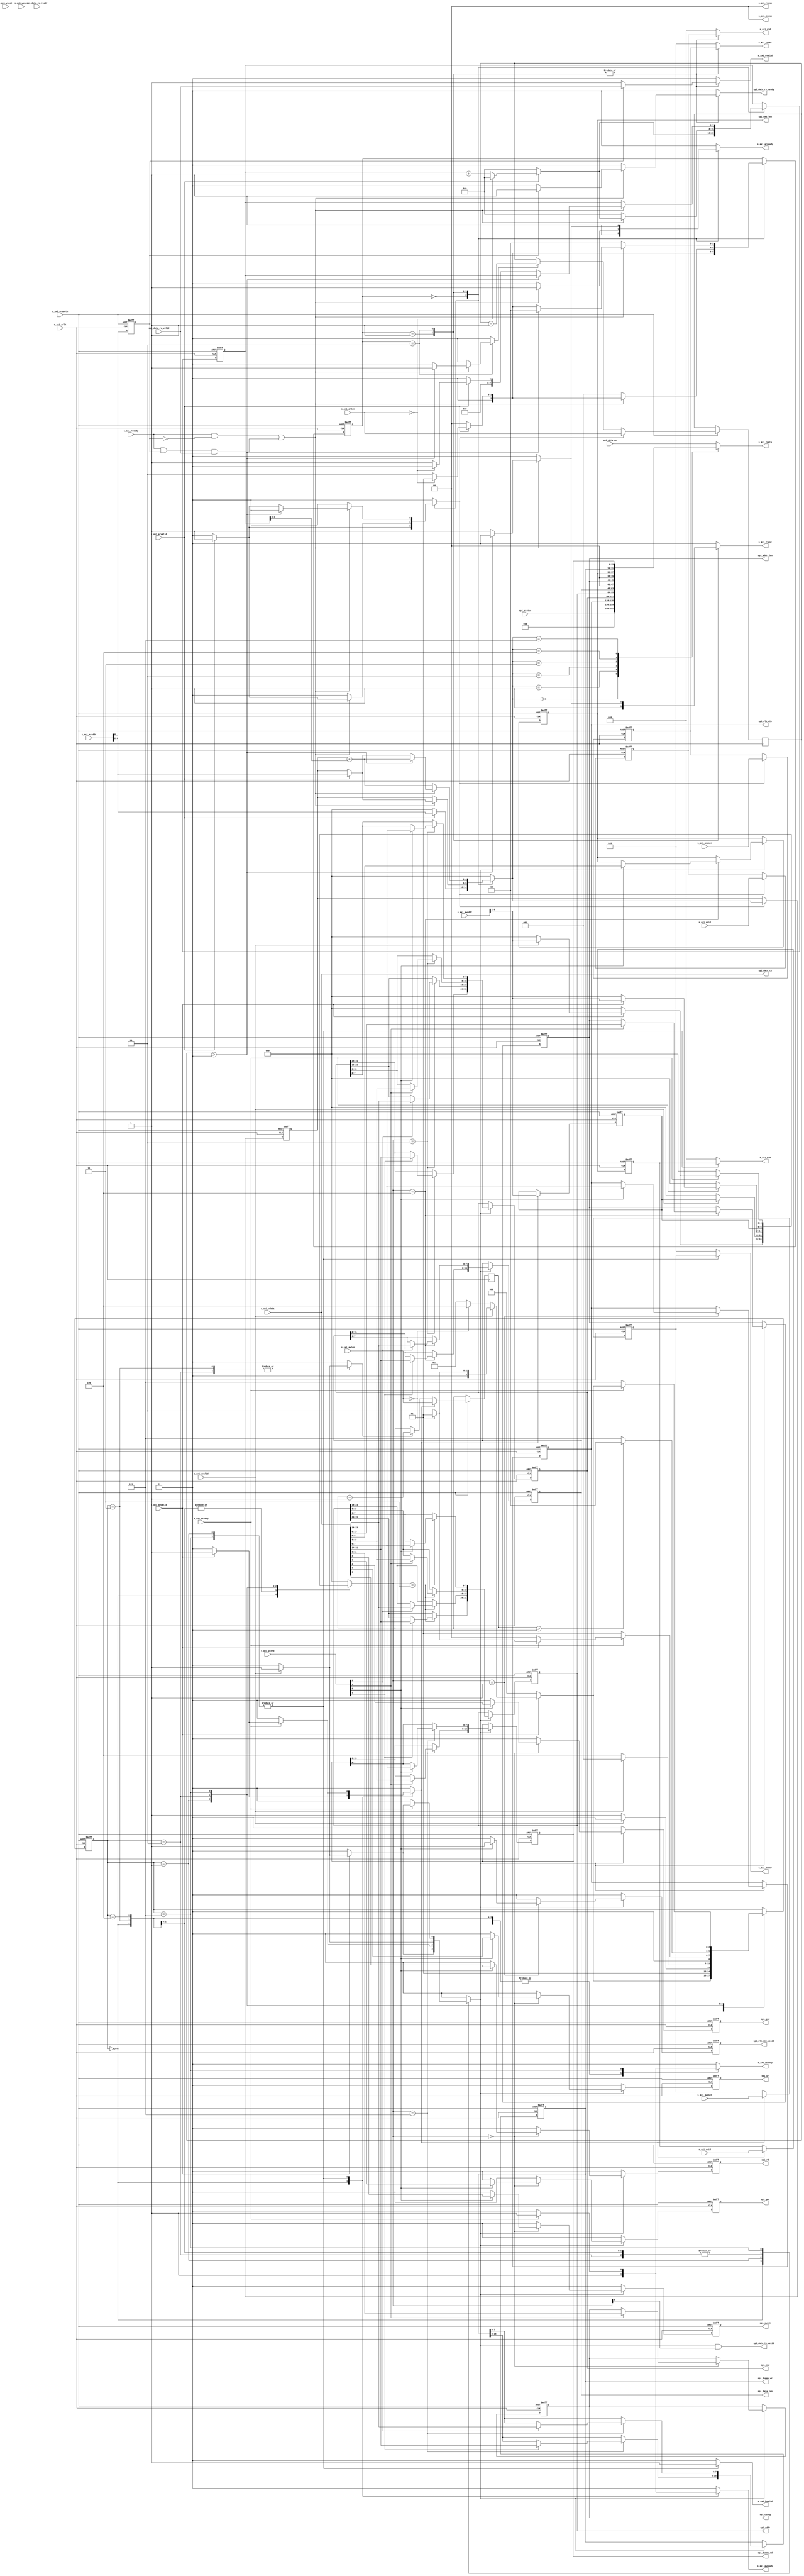
`define log2(VALUE) ((VALUE) < ( 1 ) ? 0 : (VALUE) < ( 2 ) ? 1 : (VALUE) < ( 4 ) ? 2 : (VALUE) < ( 8 ) ? 3 : (VALUE) < ( 16 )  ? 4 : (VALUE) < ( 32 )  ? 5 : (VALUE) < ( 64 )  ? 6 : (VALUE) < ( 128 ) ? 7 : (VALUE) < ( 256 ) ? 8 : (VALUE) < ( 512 ) ? 9 : (VALUE) < ( 1024 ) ? 10 : (VALUE) < ( 2048 ) ? 11 : (VALUE) < ( 4096 ) ? 12 : (VALUE) < ( 8192 ) ? 13 : (VALUE) < ( 16384 ) ? 14 : (VALUE) < ( 32768 ) ? 15 : (VALUE) < ( 65536 ) ? 16 : (VALUE) < ( 131072 ) ? 17 : (VALUE) < ( 262144 ) ? 18 : (VALUE) < ( 524288 ) ? 19 : (VALUE) < ( 1048576 ) ? 20 : (VALUE) < ( 1048576 * 2 ) ? 21 : (VALUE) < ( 1048576 * 4 ) ? 22 : (VALUE) < ( 1048576 * 8 ) ? 23 : (VALUE) < ( 1048576 * 16 ) ? 24 : 25)

module spi_master_axi_if 
#(
      parameter AXI4_ADDRESS_WIDTH = 32,
      parameter AXI4_RDATA_WIDTH   = 32,
      parameter AXI4_WDATA_WIDTH   = 32,
      parameter AXI4_USER_WIDTH    = 4,
      parameter AXI4_ID_WIDTH      = 16
  )
(
	s_axi_aclk,
	s_axi_aresetn,
	s_axi_awvalid,
	s_axi_awid,
	s_axi_awlen,
	s_axi_awaddr,
	s_axi_awuser,
	s_axi_awready,
	s_axi_wvalid,
	s_axi_wdata,
	s_axi_wstrb,
	s_axi_wlast,
	s_axi_wuser,
	s_axi_wready,
	s_axi_bvalid,
	s_axi_bid,
	s_axi_bresp,
	s_axi_buser,
	s_axi_bready,
	s_axi_arvalid,
	s_axi_arid,
	s_axi_arlen,
	s_axi_araddr,
	s_axi_aruser,
	s_axi_arready,
	s_axi_rvalid,
	s_axi_rid,
	s_axi_rdata,
	s_axi_rresp,
	s_axi_rlast,
	s_axi_ruser,
	s_axi_rready,
	spi_clk_div,
	spi_clk_div_valid,
	spi_status,
	spi_addr,
	spi_addr_len,
	spi_cmd,
	spi_cmd_len,
	spi_csreg,
	spi_data_len,
	spi_dummy_rd,
	spi_dummy_wr,
	spi_swrst,
	spi_rd,
	spi_wr,
	spi_qrd,
	spi_qwr,
	spi_data_tx,
	spi_data_tx_valid,
	spi_data_tx_ready,
	spi_data_rx,
	spi_data_rx_valid,
	spi_data_rx_ready
);
	//parameter AXI4_ADDRESS_WIDTH = 32;
	//parameter AXI4_RDATA_WIDTH = 32;
	//parameter AXI4_WDATA_WIDTH = 32;
	//parameter AXI4_USER_WIDTH = 4;
	//parameter AXI4_ID_WIDTH = 16;
	input wire s_axi_aclk;
	input wire s_axi_aresetn;
	input wire s_axi_awvalid;
	input wire [AXI4_ID_WIDTH - 1:0] s_axi_awid;
	input wire [7:0] s_axi_awlen;
	input wire [AXI4_ADDRESS_WIDTH - 1:0] s_axi_awaddr;
	input wire [AXI4_USER_WIDTH - 1:0] s_axi_awuser;
	output reg s_axi_awready;
	input wire s_axi_wvalid;
	input wire [AXI4_WDATA_WIDTH - 1:0] s_axi_wdata;
	input wire [(AXI4_WDATA_WIDTH / 8) - 1:0] s_axi_wstrb;
	input wire s_axi_wlast;
	input wire [AXI4_USER_WIDTH - 1:0] s_axi_wuser;
	output reg s_axi_wready;
	output reg s_axi_bvalid;
	output reg [AXI4_ID_WIDTH - 1:0] s_axi_bid;
	output reg [1:0] s_axi_bresp;
	output reg [AXI4_USER_WIDTH - 1:0] s_axi_buser;
	input wire s_axi_bready;
	input wire s_axi_arvalid;
	input wire [AXI4_ID_WIDTH - 1:0] s_axi_arid;
	input wire [7:0] s_axi_arlen;
	input wire [AXI4_ADDRESS_WIDTH - 1:0] s_axi_araddr;
	input wire [AXI4_USER_WIDTH - 1:0] s_axi_aruser;
	output reg s_axi_arready;
	output reg s_axi_rvalid;
	output reg [AXI4_ID_WIDTH - 1:0] s_axi_rid;
	output reg [AXI4_RDATA_WIDTH - 1:0] s_axi_rdata;
	output reg [1:0] s_axi_rresp;
	output reg s_axi_rlast;
	output reg [AXI4_USER_WIDTH - 1:0] s_axi_ruser;
	input wire s_axi_rready;
	output reg [7:0] spi_clk_div;
	output reg spi_clk_div_valid;
	input wire [31:0] spi_status;
	output reg [31:0] spi_addr;
	output reg [5:0] spi_addr_len;
	output reg [31:0] spi_cmd;
	output reg [5:0] spi_cmd_len;
	output reg [3:0] spi_csreg;
	output reg [15:0] spi_data_len;
	output reg [15:0] spi_dummy_rd;
	output reg [15:0] spi_dummy_wr;
	output reg spi_swrst;
	output reg spi_rd;
	output reg spi_wr;
	output reg spi_qrd;
	output reg spi_qwr;
	output wire [31:0] spi_data_tx;
	output wire spi_data_tx_valid;
	input wire spi_data_tx_ready;
	input wire [31:0] spi_data_rx;
	input wire spi_data_rx_valid;
	output reg spi_data_rx_ready;
	localparam WR_ADDR_CMP = ((AXI4_WDATA_WIDTH / 8) < 1 ? 0 : ((AXI4_WDATA_WIDTH / 8) < 2 ? 1 : ((AXI4_WDATA_WIDTH / 8) < 4 ? 2 : ((AXI4_WDATA_WIDTH / 8) < 8 ? 3 : ((AXI4_WDATA_WIDTH / 8) < 16 ? 4 : ((AXI4_WDATA_WIDTH / 8) < 32 ? 5 : ((AXI4_WDATA_WIDTH / 8) < 64 ? 6 : ((AXI4_WDATA_WIDTH / 8) < 128 ? 7 : ((AXI4_WDATA_WIDTH / 8) < 256 ? 8 : ((AXI4_WDATA_WIDTH / 8) < 512 ? 9 : ((AXI4_WDATA_WIDTH / 8) < 1024 ? 10 : ((AXI4_WDATA_WIDTH / 8) < 2048 ? 11 : ((AXI4_WDATA_WIDTH / 8) < 4096 ? 12 : ((AXI4_WDATA_WIDTH / 8) < 8192 ? 13 : ((AXI4_WDATA_WIDTH / 8) < 16384 ? 14 : ((AXI4_WDATA_WIDTH / 8) < 32768 ? 15 : ((AXI4_WDATA_WIDTH / 8) < 65536 ? 16 : ((AXI4_WDATA_WIDTH / 8) < 131072 ? 17 : ((AXI4_WDATA_WIDTH / 8) < 262144 ? 18 : ((AXI4_WDATA_WIDTH / 8) < 524288 ? 19 : ((AXI4_WDATA_WIDTH / 8) < 1048576 ? 20 : ((AXI4_WDATA_WIDTH / 8) < 2097152 ? 21 : ((AXI4_WDATA_WIDTH / 8) < 4194304 ? 22 : ((AXI4_WDATA_WIDTH / 8) < 8388608 ? 23 : ((AXI4_WDATA_WIDTH / 8) < 16777216 ? 24 : 25))))))))))))))))))))))))) - 1;
	localparam RD_ADDR_CMP = ((AXI4_RDATA_WIDTH / 8) < 1 ? 0 : ((AXI4_RDATA_WIDTH / 8) < 2 ? 1 : ((AXI4_RDATA_WIDTH / 8) < 4 ? 2 : ((AXI4_RDATA_WIDTH / 8) < 8 ? 3 : ((AXI4_RDATA_WIDTH / 8) < 16 ? 4 : ((AXI4_RDATA_WIDTH / 8) < 32 ? 5 : ((AXI4_RDATA_WIDTH / 8) < 64 ? 6 : ((AXI4_RDATA_WIDTH / 8) < 128 ? 7 : ((AXI4_RDATA_WIDTH / 8) < 256 ? 8 : ((AXI4_RDATA_WIDTH / 8) < 512 ? 9 : ((AXI4_RDATA_WIDTH / 8) < 1024 ? 10 : ((AXI4_RDATA_WIDTH / 8) < 2048 ? 11 : ((AXI4_RDATA_WIDTH / 8) < 4096 ? 12 : ((AXI4_RDATA_WIDTH / 8) < 8192 ? 13 : ((AXI4_RDATA_WIDTH / 8) < 16384 ? 14 : ((AXI4_RDATA_WIDTH / 8) < 32768 ? 15 : ((AXI4_RDATA_WIDTH / 8) < 65536 ? 16 : ((AXI4_RDATA_WIDTH / 8) < 131072 ? 17 : ((AXI4_RDATA_WIDTH / 8) < 262144 ? 18 : ((AXI4_RDATA_WIDTH / 8) < 524288 ? 19 : ((AXI4_RDATA_WIDTH / 8) < 1048576 ? 20 : ((AXI4_RDATA_WIDTH / 8) < 2097152 ? 21 : ((AXI4_RDATA_WIDTH / 8) < 4194304 ? 22 : ((AXI4_RDATA_WIDTH / 8) < 8388608 ? 23 : ((AXI4_RDATA_WIDTH / 8) < 16777216 ? 24 : 25))))))))))))))))))))))))) - 1;
	localparam OFFSET_BIT = ((AXI4_WDATA_WIDTH - 1) < 1 ? 0 : ((AXI4_WDATA_WIDTH - 1) < 2 ? 1 : ((AXI4_WDATA_WIDTH - 1) < 4 ? 2 : ((AXI4_WDATA_WIDTH - 1) < 8 ? 3 : ((AXI4_WDATA_WIDTH - 1) < 16 ? 4 : ((AXI4_WDATA_WIDTH - 1) < 32 ? 5 : ((AXI4_WDATA_WIDTH - 1) < 64 ? 6 : ((AXI4_WDATA_WIDTH - 1) < 128 ? 7 : ((AXI4_WDATA_WIDTH - 1) < 256 ? 8 : ((AXI4_WDATA_WIDTH - 1) < 512 ? 9 : ((AXI4_WDATA_WIDTH - 1) < 1024 ? 10 : ((AXI4_WDATA_WIDTH - 1) < 2048 ? 11 : ((AXI4_WDATA_WIDTH - 1) < 4096 ? 12 : ((AXI4_WDATA_WIDTH - 1) < 8192 ? 13 : ((AXI4_WDATA_WIDTH - 1) < 16384 ? 14 : ((AXI4_WDATA_WIDTH - 1) < 32768 ? 15 : ((AXI4_WDATA_WIDTH - 1) < 65536 ? 16 : ((AXI4_WDATA_WIDTH - 1) < 131072 ? 17 : ((AXI4_WDATA_WIDTH - 1) < 262144 ? 18 : ((AXI4_WDATA_WIDTH - 1) < 524288 ? 19 : ((AXI4_WDATA_WIDTH - 1) < 1048576 ? 20 : ((AXI4_WDATA_WIDTH - 1) < 2097152 ? 21 : ((AXI4_WDATA_WIDTH - 1) < 4194304 ? 22 : ((AXI4_WDATA_WIDTH - 1) < 8388608 ? 23 : ((AXI4_WDATA_WIDTH - 1) < 16777216 ? 24 : 25))))))))))))))))))))))))) - 3;
	wire [4:0] wr_addr;
	wire [4:0] rd_addr;
	wire is_tx_fifo_sel;
	wire is_rx_fifo_sel;
	reg is_tx_fifo_sel_q;
	reg is_rx_fifo_sel_q;
	reg read_req;
	reg [4:0] read_address;
	reg sample_AR;
	reg [4:0] ARADDR_Q;
	reg [7:0] ARLEN_Q;
	reg decr_ARLEN;
	reg [7:0] CountBurstCS;
	reg [7:0] CountBurstNS;
	reg [AXI4_ID_WIDTH - 1:0] ARID_Q;
	reg [AXI4_USER_WIDTH - 1:0] ARUSER_Q;
	reg write_req;
	reg [4:0] write_address;
	reg sample_AW;
	reg [4:0] AWADDR_Q;
	reg [7:0] AWLEN_Q;
	reg decr_AWLEN;
	reg [7:0] CountBurst_AW_CS;
	reg [7:0] CountBurst_AW_NS;
	reg [AXI4_ID_WIDTH - 1:0] AWID_Q;
	reg [AXI4_USER_WIDTH - 1:0] AWUSER_Q;
	reg [2:0] AR_CS;
	reg [2:0] AR_NS;
	reg [2:0] AW_CS;
	reg [2:0] AW_NS;
	assign wr_addr = s_axi_awaddr[WR_ADDR_CMP + 4:WR_ADDR_CMP];
	assign rd_addr = s_axi_araddr[RD_ADDR_CMP + 4:RD_ADDR_CMP];
	assign is_tx_fifo_sel = wr_addr[3] == 1'b1;
	assign is_rx_fifo_sel = rd_addr[4] == 1'b1;
	assign spi_data_tx = s_axi_wdata[31:0];
	always @(posedge s_axi_aclk or negedge s_axi_aresetn)
		if (s_axi_aresetn == 1'b0) begin
			AR_CS <= 3'd0;
			ARADDR_Q <= 1'sb0;
			CountBurstCS <= 1'sb0;
			ARID_Q <= 1'sb0;
			ARUSER_Q <= 1'sb0;
			is_tx_fifo_sel_q <= 1'sb0;
			is_rx_fifo_sel_q <= 1'sb0;
		end
		else begin
			AR_CS <= AR_NS;
			CountBurstCS <= CountBurstNS;
			is_tx_fifo_sel_q <= is_tx_fifo_sel;
			is_rx_fifo_sel_q <= is_rx_fifo_sel;
			if (sample_AR)
				ARLEN_Q <= s_axi_arlen;
			else if (decr_ARLEN)
				ARLEN_Q <= ARLEN_Q - 1'b1;
			if (sample_AR) begin
				ARID_Q <= s_axi_arid;
				ARADDR_Q <= read_address;
				ARUSER_Q <= s_axi_aruser;
			end
		end
	always @(*) begin
		s_axi_arready = 1'b0;
		read_address = 1'sb0;
		read_req = 1'b0;
		sample_AR = 1'b0;
		decr_ARLEN = 1'b0;
		CountBurstNS = CountBurstCS;
		spi_data_rx_ready = 1'b0;
		s_axi_rvalid = 1'b0;
		s_axi_rresp = 2'b00;
		s_axi_ruser = 1'sb0;
		s_axi_rlast = 1'b0;
		s_axi_rid = 1'sb0;
		AR_NS = AR_CS;
		case (AR_CS)
			3'd0: begin
				s_axi_arready = 1'b1;
				if (s_axi_arvalid) begin
					sample_AR = 1'b1;
					read_req = 1'b1;
					read_address = rd_addr;
					if (s_axi_arlen == 0) begin
						AR_NS = 3'd1;
						CountBurstNS = 1'sb0;
					end
					else begin
						AR_NS = 3'd2;
						CountBurstNS = CountBurstCS + 1'b1;
					end
				end
				else begin
					AR_NS = 3'd0;
					CountBurstNS = 1'sb0;
				end
			end
			3'd1: begin
				s_axi_rresp = 2'b00;
				s_axi_rid = ARID_Q;
				s_axi_ruser = ARUSER_Q;
				s_axi_rlast = 1'b1;
				read_address = ARADDR_Q;
				if (is_rx_fifo_sel_q)
					s_axi_rvalid = spi_data_rx_valid;
				else
					s_axi_rvalid = 1'b1;
				if ((s_axi_rready && !is_rx_fifo_sel_q) | ((s_axi_rready && is_rx_fifo_sel_q) && spi_data_rx_valid)) begin
					if (is_rx_fifo_sel_q)
						spi_data_rx_ready = 1'b1;
					s_axi_arready = 1'b1;
					if (s_axi_arvalid) begin
						sample_AR = 1'b1;
						read_req = 1'b1;
						read_address = rd_addr;
						if (s_axi_arlen == 0) begin
							AR_NS = 3'd1;
							CountBurstNS = 1'sb0;
						end
						else begin
							AR_NS = 3'd2;
							CountBurstNS = CountBurstCS + 1'b1;
						end
					end
					else begin
						AR_NS = 3'd0;
						CountBurstNS = 1'sb0;
					end
				end
				else begin
					AR_NS = 3'd1;
					read_req = 1'b1;
					read_address = ARADDR_Q;
					CountBurstNS = 1'sb0;
				end
			end
			3'd2: begin
				s_axi_rresp = 2'b00;
				s_axi_rid = ARID_Q;
				s_axi_ruser = ARUSER_Q;
				read_address = ARADDR_Q;
				if (is_rx_fifo_sel_q)
					s_axi_rvalid = spi_data_rx_valid;
				else
					s_axi_rvalid = 1'b1;
				if ((s_axi_rready && !is_rx_fifo_sel_q) | ((s_axi_rready && is_rx_fifo_sel_q) && spi_data_rx_valid)) begin
					if (is_rx_fifo_sel_q)
						spi_data_rx_ready = 1'b1;
					if (ARLEN_Q > 0) begin
						AR_NS = 3'd2;
						read_req = 1'b1;
						decr_ARLEN = 1'b1;
						read_address = ARADDR_Q + CountBurstCS;
						s_axi_rlast = 1'b0;
						s_axi_arready = 1'b0;
					end
					else begin
						s_axi_rlast = 1'b1;
						s_axi_arready = 1'b1;
						if (s_axi_arvalid) begin
							sample_AR = 1'b1;
							read_req = 1'b1;
							read_address = rd_addr;
							if (s_axi_arlen == 0) begin
								AR_NS = 3'd1;
								CountBurstNS = 0;
							end
							else begin
								AR_NS = 3'd2;
								CountBurstNS = 1;
							end
						end
						else begin
							AR_NS = 3'd0;
							CountBurstNS = 0;
						end
					end
				end
				else begin
					AR_NS = 3'd2;
					read_req = 1'b1;
					decr_ARLEN = 1'b0;
					read_address = ARADDR_Q + CountBurstCS;
					s_axi_arready = 1'b0;
				end
			end
			default:
				;
		endcase
	end
	always @(posedge s_axi_aclk or negedge s_axi_aresetn)
		if (s_axi_aresetn == 1'b0) begin
			AW_CS <= 3'd0;
			AWADDR_Q <= 1'sb0;
			CountBurst_AW_CS <= 1'sb0;
			AWID_Q <= 1'sb0;
			AWUSER_Q <= 1'sb0;
		end
		else begin
			AW_CS <= AW_NS;
			CountBurst_AW_CS <= CountBurst_AW_NS;
			if (sample_AW) begin
				AWLEN_Q <= s_axi_awlen;
				AWADDR_Q <= wr_addr;
				AWID_Q <= s_axi_awid;
				AWUSER_Q <= s_axi_awuser;
			end
			else if (decr_AWLEN)
				AWLEN_Q <= AWLEN_Q - 1'b1;
		end
	always @(*) begin
		s_axi_awready = 1'b0;
		s_axi_wready = 1'b0;
		write_address = 1'sb0;
		write_req = 1'b0;
		sample_AW = 1'b0;
		decr_AWLEN = 1'b0;
		CountBurst_AW_NS = CountBurst_AW_CS;
		s_axi_bid = 1'sb0;
		s_axi_bresp = 2'b00;
		s_axi_buser = 1'sb0;
		s_axi_bvalid = 1'b0;
		AW_NS = AW_CS;
		case (AW_CS)
			3'd0: begin
				s_axi_awready = 1'b1;
				if (s_axi_awvalid) begin
					sample_AW = 1'b1;
					if (s_axi_wvalid) begin
						s_axi_wready = 1'b1;
						write_req = 1'b1;
						write_address = wr_addr;
						if (s_axi_awlen == 0) begin
							AW_NS = 3'd1;
							CountBurst_AW_NS = 0;
						end
						else begin
							AW_NS = 3'd2;
							CountBurst_AW_NS = 1;
						end
					end
					else begin
						s_axi_wready = 1'b1;
						write_req = 1'b0;
						write_address = 1'sb0;
						if (s_axi_awlen == 0) begin
							AW_NS = 3'd4;
							CountBurst_AW_NS = 0;
						end
						else begin
							AW_NS = 3'd3;
							CountBurst_AW_NS = 0;
						end
					end
				end
				else begin
					s_axi_wready = 1'b1;
					AW_NS = 3'd0;
					CountBurst_AW_NS = 1'sb0;
				end
			end
			3'd3: begin
				s_axi_awready = 1'b0;
				if (s_axi_wvalid) begin
					s_axi_wready = 1'b1;
					write_req = 1'b1;
					write_address = AWADDR_Q;
					AW_NS = 3'd2;
					CountBurst_AW_NS = 1;
					decr_AWLEN = 1'b1;
				end
				else begin
					s_axi_wready = 1'b1;
					write_req = 1'b0;
					AW_NS = 3'd3;
					CountBurst_AW_NS = 1'sb0;
				end
			end
			3'd4: begin
				s_axi_awready = 1'b0;
				CountBurst_AW_NS = 1'sb0;
				if (s_axi_wvalid) begin
					s_axi_wready = 1'b1;
					write_req = 1'b1;
					write_address = AWADDR_Q;
					AW_NS = 3'd1;
				end
				else begin
					s_axi_wready = 1'b1;
					write_req = 1'b0;
					AW_NS = 3'd4;
				end
			end
			3'd1: begin
				s_axi_bid = AWID_Q;
				s_axi_bresp = 2'b00;
				s_axi_buser = AWUSER_Q;
				s_axi_bvalid = 1'b1;
				if (s_axi_bready) begin
					s_axi_awready = 1'b1;
					if (s_axi_awvalid) begin
						sample_AW = 1'b1;
						write_req = 1'b1;
						write_address = wr_addr;
						if (s_axi_awlen == 0) begin
							AW_NS = 3'd1;
							CountBurst_AW_NS = 1'sb0;
						end
						else begin
							AW_NS = 3'd2;
							CountBurst_AW_NS = CountBurst_AW_CS + 1'b1;
						end
					end
					else begin
						AW_NS = 3'd0;
						CountBurst_AW_NS = 1'sb0;
					end
				end
				else begin
					AW_NS = 3'd1;
					CountBurst_AW_NS = 1'sb0;
					s_axi_awready = 1'b0;
				end
			end
			3'd2: begin
				CountBurst_AW_NS = CountBurst_AW_CS;
				s_axi_awready = 1'b0;
				write_address = AWADDR_Q;
				if (s_axi_wvalid) begin
					s_axi_wready = 1'b1;
					write_req = 1'b1;
					decr_AWLEN = 1'b1;
					CountBurst_AW_NS = CountBurst_AW_CS + 1'b1;
				end
				else begin
					s_axi_wready = 1'b1;
					write_req = 1'b0;
					decr_AWLEN = 1'b0;
				end
				if (AWLEN_Q > 0)
					AW_NS = 3'd2;
				else
					AW_NS = 3'd5;
			end
			3'd5: begin
				s_axi_bvalid = 1'b1;
				s_axi_bid = AWID_Q;
				s_axi_bresp = 2'b00;
				s_axi_buser = AWUSER_Q;
				if (s_axi_bready) begin
					s_axi_awready = 1'b1;
					if (s_axi_awvalid) begin
						sample_AW = 1'b1;
						if (s_axi_wvalid) begin
							s_axi_wready = 1'b1;
							write_req = 1'b1;
							write_address = wr_addr;
							if (s_axi_awlen == 0) begin
								AW_NS = 3'd1;
								CountBurst_AW_NS = 0;
							end
							else begin
								AW_NS = 3'd2;
								CountBurst_AW_NS = 1;
							end
						end
						else begin
							s_axi_wready = 1'b1;
							write_req = 1'b0;
							write_address = 1'sb0;
							if (s_axi_awlen == 0) begin
								AW_NS = 3'd4;
								CountBurst_AW_NS = 0;
							end
							else begin
								AW_NS = 3'd3;
								CountBurst_AW_NS = 0;
							end
						end
					end
					else begin
						s_axi_wready = 1'b1;
						AW_NS = 3'd0;
						CountBurst_AW_NS = 1'sb0;
					end
				end
				else begin
					AW_NS = 3'd5;
					s_axi_awready = 1'b0;
					s_axi_wready = 1'b0;
				end
			end
		endcase
	end
	always @(posedge s_axi_aclk or negedge s_axi_aresetn)
		if (s_axi_aresetn == 1'b0) begin
			spi_swrst = 1'b0;
			spi_rd = 1'b0;
			spi_wr = 1'b0;
			spi_qrd = 1'b0;
			spi_qwr = 1'b0;
			spi_clk_div_valid = 1'b0;
			spi_clk_div = 'h0;
			spi_cmd = 'h0;
			spi_addr = 'h0;
			spi_cmd_len = 'h0;
			spi_addr_len = 'h0;
			spi_data_len = 'h0;
			spi_dummy_rd = 'h0;
			spi_dummy_wr = 'h0;
			spi_csreg = 'h0;
		end
		else if (write_req) begin
			spi_swrst = 1'b0;
			spi_rd = 1'b0;
			spi_wr = 1'b0;
			spi_qrd = 1'b0;
			spi_qwr = 1'b0;
			spi_clk_div_valid = 1'b0;
			case (write_address)
				3'b000: begin
					if (s_axi_wstrb[0] == 1) begin
						spi_rd = s_axi_wdata[0];
						spi_wr = s_axi_wdata[1];
						spi_qrd = s_axi_wdata[2];
						spi_qwr = s_axi_wdata[3];
						spi_swrst = s_axi_wdata[4];
					end
					if (s_axi_wstrb[1] == 1)
						spi_csreg = s_axi_wdata[11:8];
				end
				3'b001:
					if (s_axi_wstrb[0] == 1) begin
						spi_clk_div = s_axi_wdata[7:0];
						spi_clk_div_valid = 1'b1;
					end
				3'b010: begin : sv2v_autoblock_1
					reg signed [31:0] byte_index;
					for (byte_index = 0; byte_index < 4; byte_index = byte_index + 1)
						if (s_axi_wstrb[byte_index] == 1)
							spi_cmd[byte_index * 8+:8] = s_axi_wdata[byte_index * 8+:8];
				end
				3'b011: begin : sv2v_autoblock_2
					reg signed [31:0] byte_index;
					for (byte_index = 0; byte_index < 4; byte_index = byte_index + 1)
						if (s_axi_wstrb[byte_index] == 1)
							spi_addr[byte_index * 8+:8] = s_axi_wdata[byte_index * 8+:8];
				end
				3'b100: begin
					if (s_axi_wstrb[0] == 1)
						spi_cmd_len = s_axi_wdata[7:0];
					if (s_axi_wstrb[1] == 1)
						spi_addr_len = s_axi_wdata[15:8];
					if (s_axi_wstrb[2] == 1)
						spi_data_len[7:0] = s_axi_wdata[23:16];
					if (s_axi_wstrb[3] == 1)
						spi_data_len[15:8] = s_axi_wdata[31:24];
				end
				3'b101: begin
					if (s_axi_wstrb[0] == 1)
						spi_dummy_rd[7:0] = s_axi_wdata[7:0];
					if (s_axi_wstrb[1] == 1)
						spi_dummy_rd[15:8] = s_axi_wdata[15:8];
					if (s_axi_wstrb[2] == 1)
						spi_dummy_wr[7:0] = s_axi_wdata[23:16];
					if (s_axi_wstrb[3] == 1)
						spi_dummy_wr[15:8] = s_axi_wdata[31:24];
				end
			endcase
		end
		else begin
			spi_swrst = 1'b0;
			spi_rd = 1'b0;
			spi_wr = 1'b0;
			spi_qrd = 1'b0;
			spi_qwr = 1'b0;
			spi_clk_div_valid = 1'b0;
		end
	always @(*) begin
		s_axi_rdata = {32'h00000000, spi_data_rx};
		case (read_address)
			3'b000: s_axi_rdata[31:0] = spi_status;
			3'b001: s_axi_rdata[31:0] = {24'h000000, spi_clk_div};
			3'b010: s_axi_rdata[31:0] = spi_cmd;
			3'b011: s_axi_rdata[31:0] = spi_addr;
			3'b100: s_axi_rdata[31:0] = {spi_data_len, 2'b00, spi_addr_len, 2'b00, spi_cmd_len};
			3'b101: s_axi_rdata[31:0] = {spi_dummy_wr, spi_dummy_rd};
		endcase
	end
	assign spi_data_tx_valid = write_req & (write_address[3] == 1'b1);
endmodule